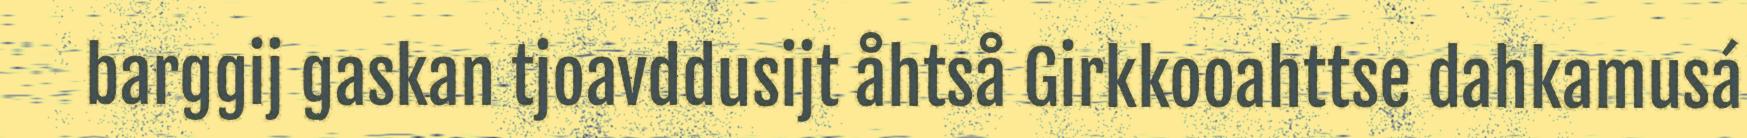
barggij gaskan tjoavddusijt åhtså Girkkooahttse dahkamusá